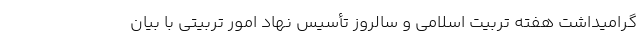
گرامیداشت هفته تربیت اسلامی و سالروز تأسیس نهاد امور تربیتی با بیان